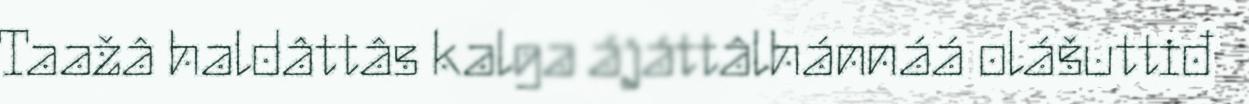
Taažâ haldâttâs kalga ájáttâlhánnáá olášuttiđ